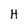
Character: H